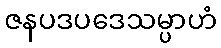
ဇနပဒပဒေသမ္ပာဟံ